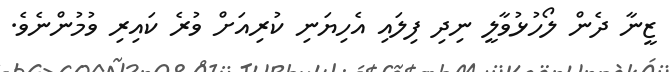
ޒީނާ ދެން ލޯހުޅުވާލީ ނިދި ފިލައި އެހިޔަނި ކުރިއަށް ވުރެ ކައިރި ވުމުންނެވެ.